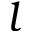
l